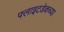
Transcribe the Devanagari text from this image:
फ्लाइटडेकच्या